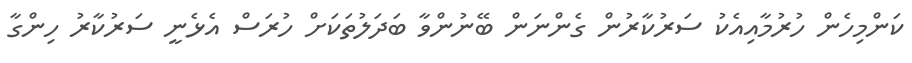
ކަންމިހެން ހުރުމާއިއެކު ސަރުކާރުން ގެންނަން ބޭނުންވާ ބަދަލުތަކަށް ހުރަސް އެޅެނީ ސަރުކާރު ހިންގާ